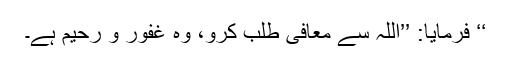
‘‘ فرمایا: ’’اللہ سے معافی طلب کرو، وہ غفور و رحیم ہے۔